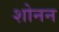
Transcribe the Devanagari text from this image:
शोनन